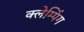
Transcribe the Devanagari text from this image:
क्लेम्पिंग